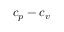
c _ { p } - c _ { v }